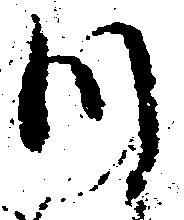
つ